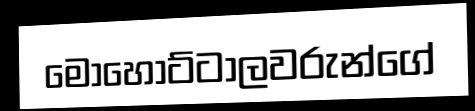
මොහොට්ටාලවරුන්ගේ